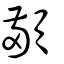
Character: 顢